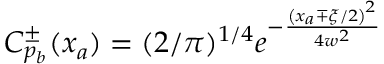
C _ { p _ { b } } ^ { \pm } ( x _ { a } ) = ( 2 / \pi ) ^ { 1 / 4 } e ^ { - \frac { \left( x _ { a } \mp \xi / 2 \right) ^ { 2 } } { 4 w ^ { 2 } } }